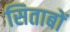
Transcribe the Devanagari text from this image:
सिताबों